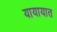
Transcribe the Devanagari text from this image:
यायायात